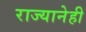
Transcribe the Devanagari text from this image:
राज्यानेही